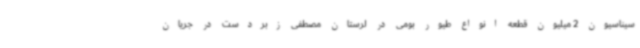
سیناسیون 2 میلیون قطعه انواع طیور بومی در لرستان مصطفی زبردست در جریان